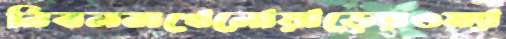
নিবলসখেলোয়াড়েরওম্যা